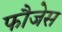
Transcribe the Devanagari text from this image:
फौजेस